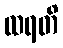
ထရတိ